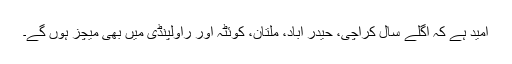
امید ہے کہ اگلے سال کراچی، حیدر آباد، ملتان، کوئٹہ اور راولپنڈی میں بھی میچز ہوں گے۔